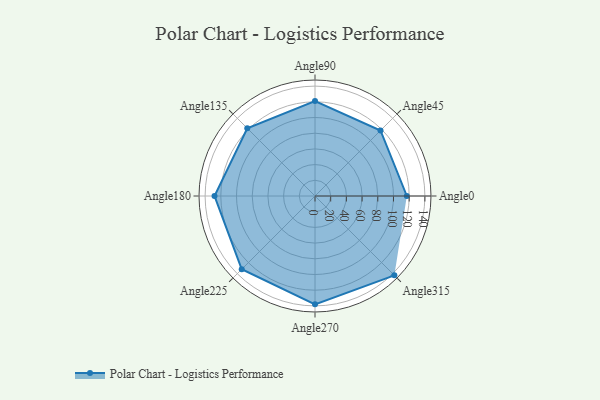
{"axis": {"x": "Angle", "y": "Radius"}, "legend": [""], "data": [{"x": "Angle0", "y": 117.0, "type": ""}, {"x": "Angle45", "y": 118.0, "type": ""}, {"x": "Angle90", "y": 121.0, "type": ""}, {"x": "Angle135", "y": 122.0, "type": ""}, {"x": "Angle180", "y": 128.0, "type": ""}, {"x": "Angle225", "y": 132.0, "type": ""}, {"x": "Angle270", "y": 138.0, "type": ""}, {"x": "Angle315", "y": 143.0, "type": ""}]}